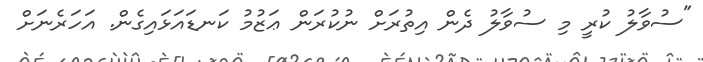
"ސުވާލު ކުރީ މި ސުވާލު ދެން އިތުރަށް ނުކުރަން ޢަޒުމު ކަނޑައަޅައިގެން. އަހަރެނަށް